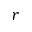
r